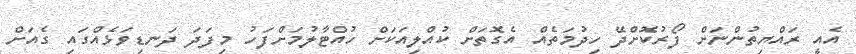
އެއީ ރައްޔިތުންނަށް ފޯރުކޮށްދޭ ހިދުމަތެއް އެގޮތަށް ކުއްލިއަކަށް ހުއްޓާލުމަށްފަހު މިފަދަ ދަނޑިވަޅެއްގައި ގެއަށް